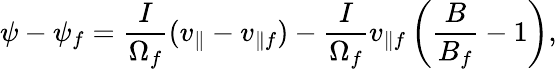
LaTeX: \psi-\psi_{f}=\frac{I}{\Omega_{f}}(v_{\parallel}-v_{\parallel f})-\frac{I}{\Omega_{f}}v_{\parallel f}\left(\frac{B}{B_{f}}-1\right),